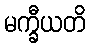
မက္ခီယတိ